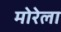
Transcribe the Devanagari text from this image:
मोरेला